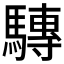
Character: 𲋿